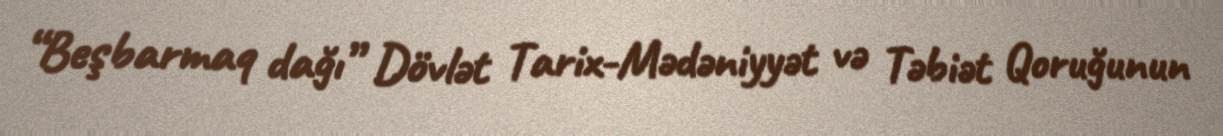
“Beşbarmaq dağı” Dövlət Tarix-Mədəniyyət və Təbiət Qoruğunun